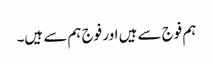
ہم فوج سے ہیں اور فوج ہم سے ہیں۔